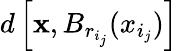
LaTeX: d\left[\mathbf{x},B_{r_{i_{j}}}(x_{i_{j}})\right]